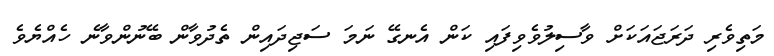
މަތިވެރި ދަރަޖައަކަށް ވާސިލުވެވިފައި ކަން އެނގޭ ނަމަ ސަޖިދައިން ތެދުވާން ބޭނުންވާނެ ހެއްޔެވެ